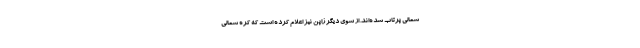
شمالی پرتاب شده‌اند. از سوی دیگر ژاپن نیز اعلام کرده است که کره شمالی